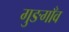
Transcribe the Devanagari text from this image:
गुङगाँव